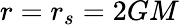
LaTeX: r=r_{s}=2GM